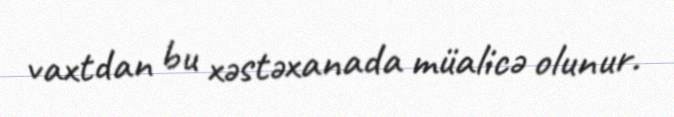
vaxtdan bu xəstəxanada müalicə olunur.